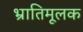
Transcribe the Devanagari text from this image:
भ्रातिमूलक